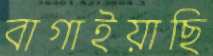
বাগাইয়াছি